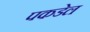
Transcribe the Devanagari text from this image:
पकडेल